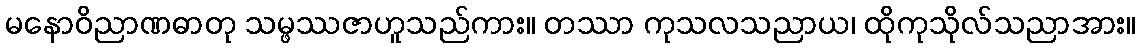
မနောဝိညာဏဓာတု သမ္ဖဿဇာဟူသည်ကား။ တဿာ ကုသလသညာယ၊ ထိုကုသိုလ်သညာအား။